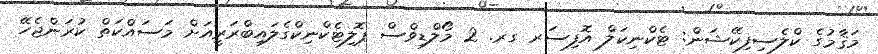
މަޤާމުގެ ކްލެސިފިކޭޝަން: ޓެކްނިކަލް އޮފިސަރ ގރ. 2 މޯލްޑިވްސް ޕޮލިޓެކްނިކްގެލައިބްރަރީއަށް މަސައްކަތް ކުރަންޖެހޭ